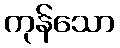
ကုန်သော